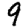
Digit: 9